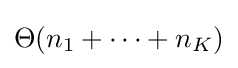
\Theta (n_{1}+\cdots +n_{K})